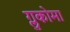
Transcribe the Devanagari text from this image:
ग्लुकोमा